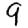
Digit: 9